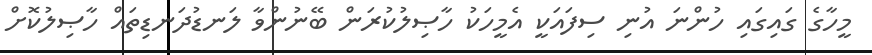
މީހާގެ ގައިގައި ހުންނަ އުނި ސިފައަކީ އެމީހަކު ހާޞިލުކުރަން ބޭނުންވާ ލަނޑުދަނޑިތައް ހާޞިލުކޮށް